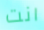
انت